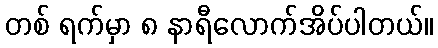
တစ် ရက်မှာ ၈ နာရီလောက်အိပ်ပါတယ်။